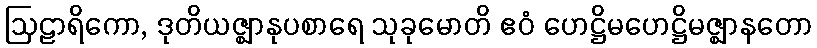
ဩဠာရိကော, ဒုတိယဇ္ဈာနုပစာရေ သုခုမောတိ ဧဝံ ဟေဋ္ဌိမဟေဋ္ဌိမဇ္ဈာနတော